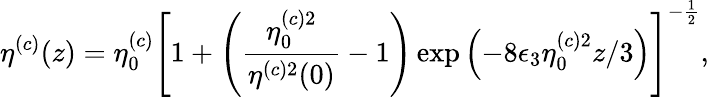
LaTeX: \eta^{(c)}(z)=\eta_{0}^{(c)}\left[1+\left(\frac{\eta_{0}^{(c)2}}{\eta^{(c)2}(0)}-1\right)\exp\left(-8\epsilon_{3}\eta_{0}^{(c)2}z/3\right)\right]^{-\frac{1}{2}},